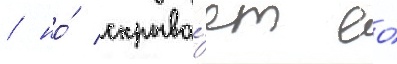
/ но́ скрыва́ет ео́